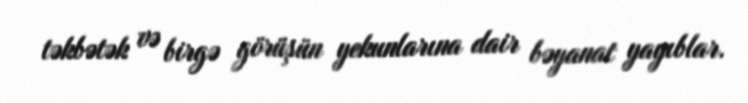
təkbətək və birgə görüşün yekunlarına dair bəyanat yayıblar.